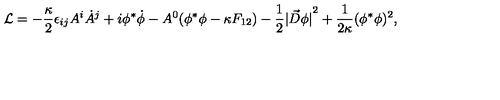
{ \cal L } = - { \frac { \kappa } { 2 } } \epsilon _ { i j } A ^ { i } \dot { A } ^ { j } + i \phi ^ { * } \dot { \phi } - A ^ { 0 } ( \phi ^ { * } \phi - \kappa F _ { 1 2 } ) - { \frac { 1 } { 2 } } { | { \vec { D } } \phi | } ^ { 2 } + { \frac { 1 } { 2 \kappa } } ( \phi ^ { * } \phi ) ^ { 2 } ,